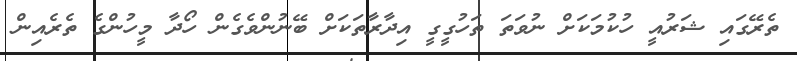
ތެރޭގައި ޝަރުއީ ހުކުމަކަށް ނުވަތަ ތަހުގީގީ އިދާރާތަކަށް ބޭނުންވެގެން ހޯދާ މީހުންގެ ތެރެއިން